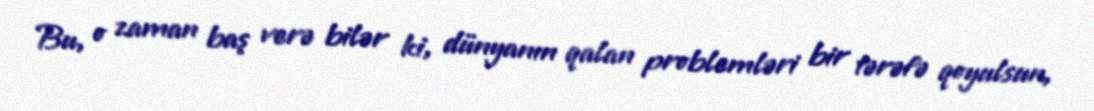
Bu, o zaman baş verə bilər ki, dünyanın qalan problemləri bir tərəfə qoyulsun,